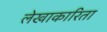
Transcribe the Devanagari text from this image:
लेखाकारिता